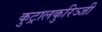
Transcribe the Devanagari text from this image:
कुट्रालकुरिञ्जी